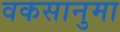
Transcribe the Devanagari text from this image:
वकसानुमा